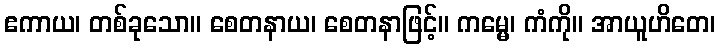
ဧကာယ၊ တစ်ခုသော။ စေတနာယ၊ စေတနာဖြင့်။ ကမ္မေ၊ ကံကို။ အာယူဟိတေ၊